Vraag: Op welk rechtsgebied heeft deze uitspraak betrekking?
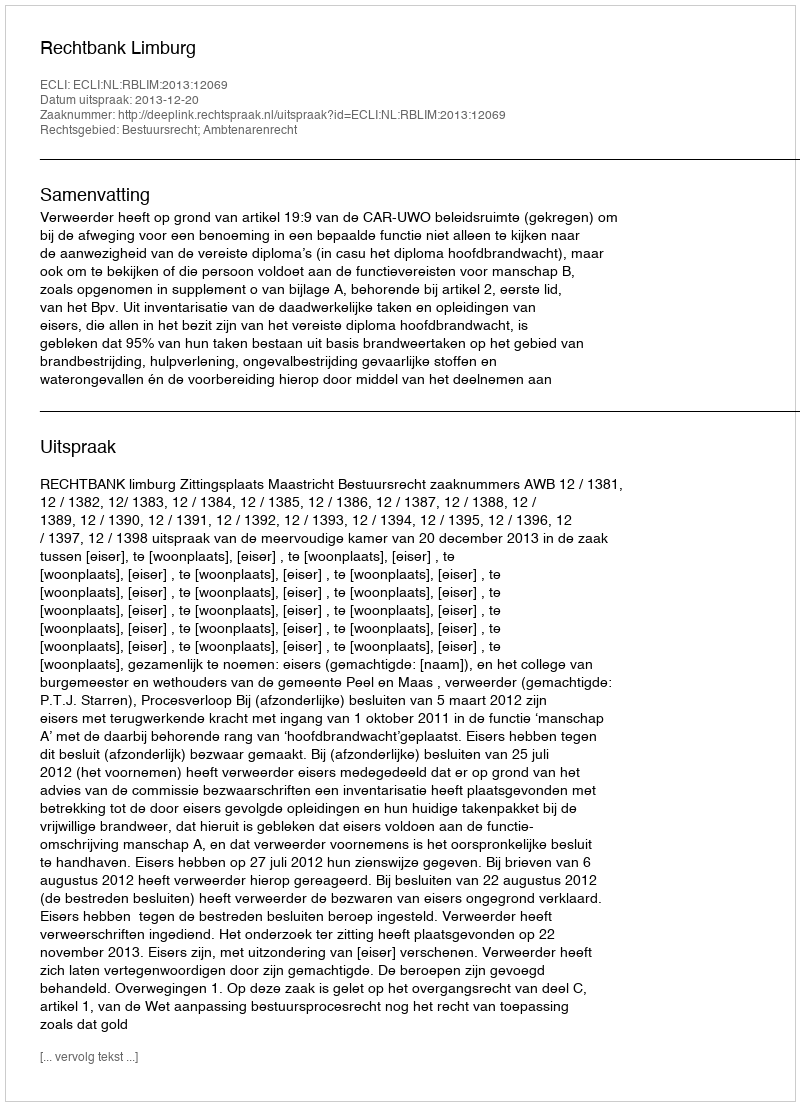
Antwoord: Bestuursrecht; Ambtenarenrecht